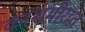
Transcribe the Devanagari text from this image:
काशमीरात